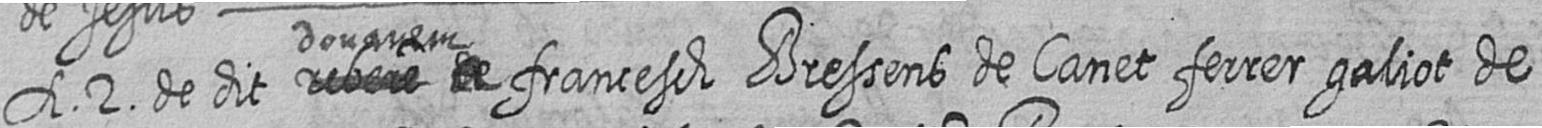
A 2 de dit # #donarem a francesch Bressens de Canet ferrer galiot de